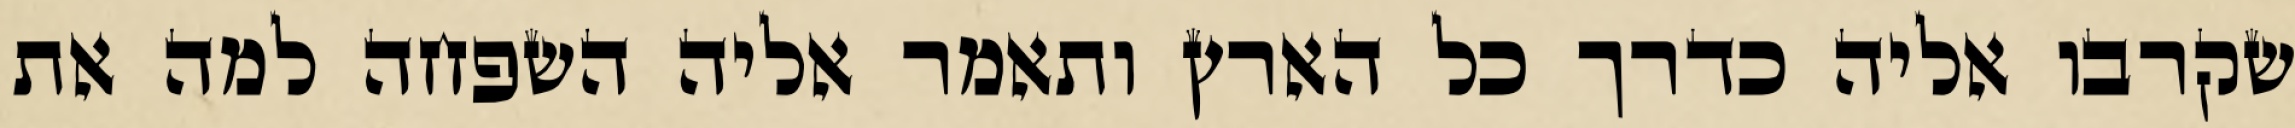
שקרבו אליה כדרך כל הארץ ותאמר אליה השפחה למה את